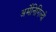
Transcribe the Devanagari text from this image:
अर्मेनिगिल्दो